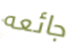
جائعه